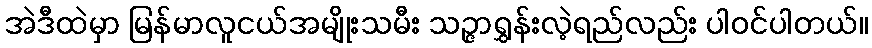
အဲဒီထဲမှာ မြန်မာလူငယ်အမျိုးသမီး သဉ္ဇာရွှန်းလဲ့ရည်လည်း ပါဝင်ပါတယ်။